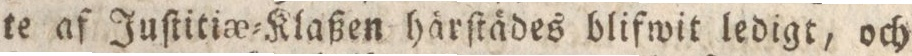
te af Juſtitiæ=Klaßen härſtädes blifwit ledigt, och